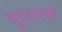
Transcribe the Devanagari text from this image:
बुरटनवर्ग